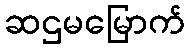
ဆဌမမြောက်